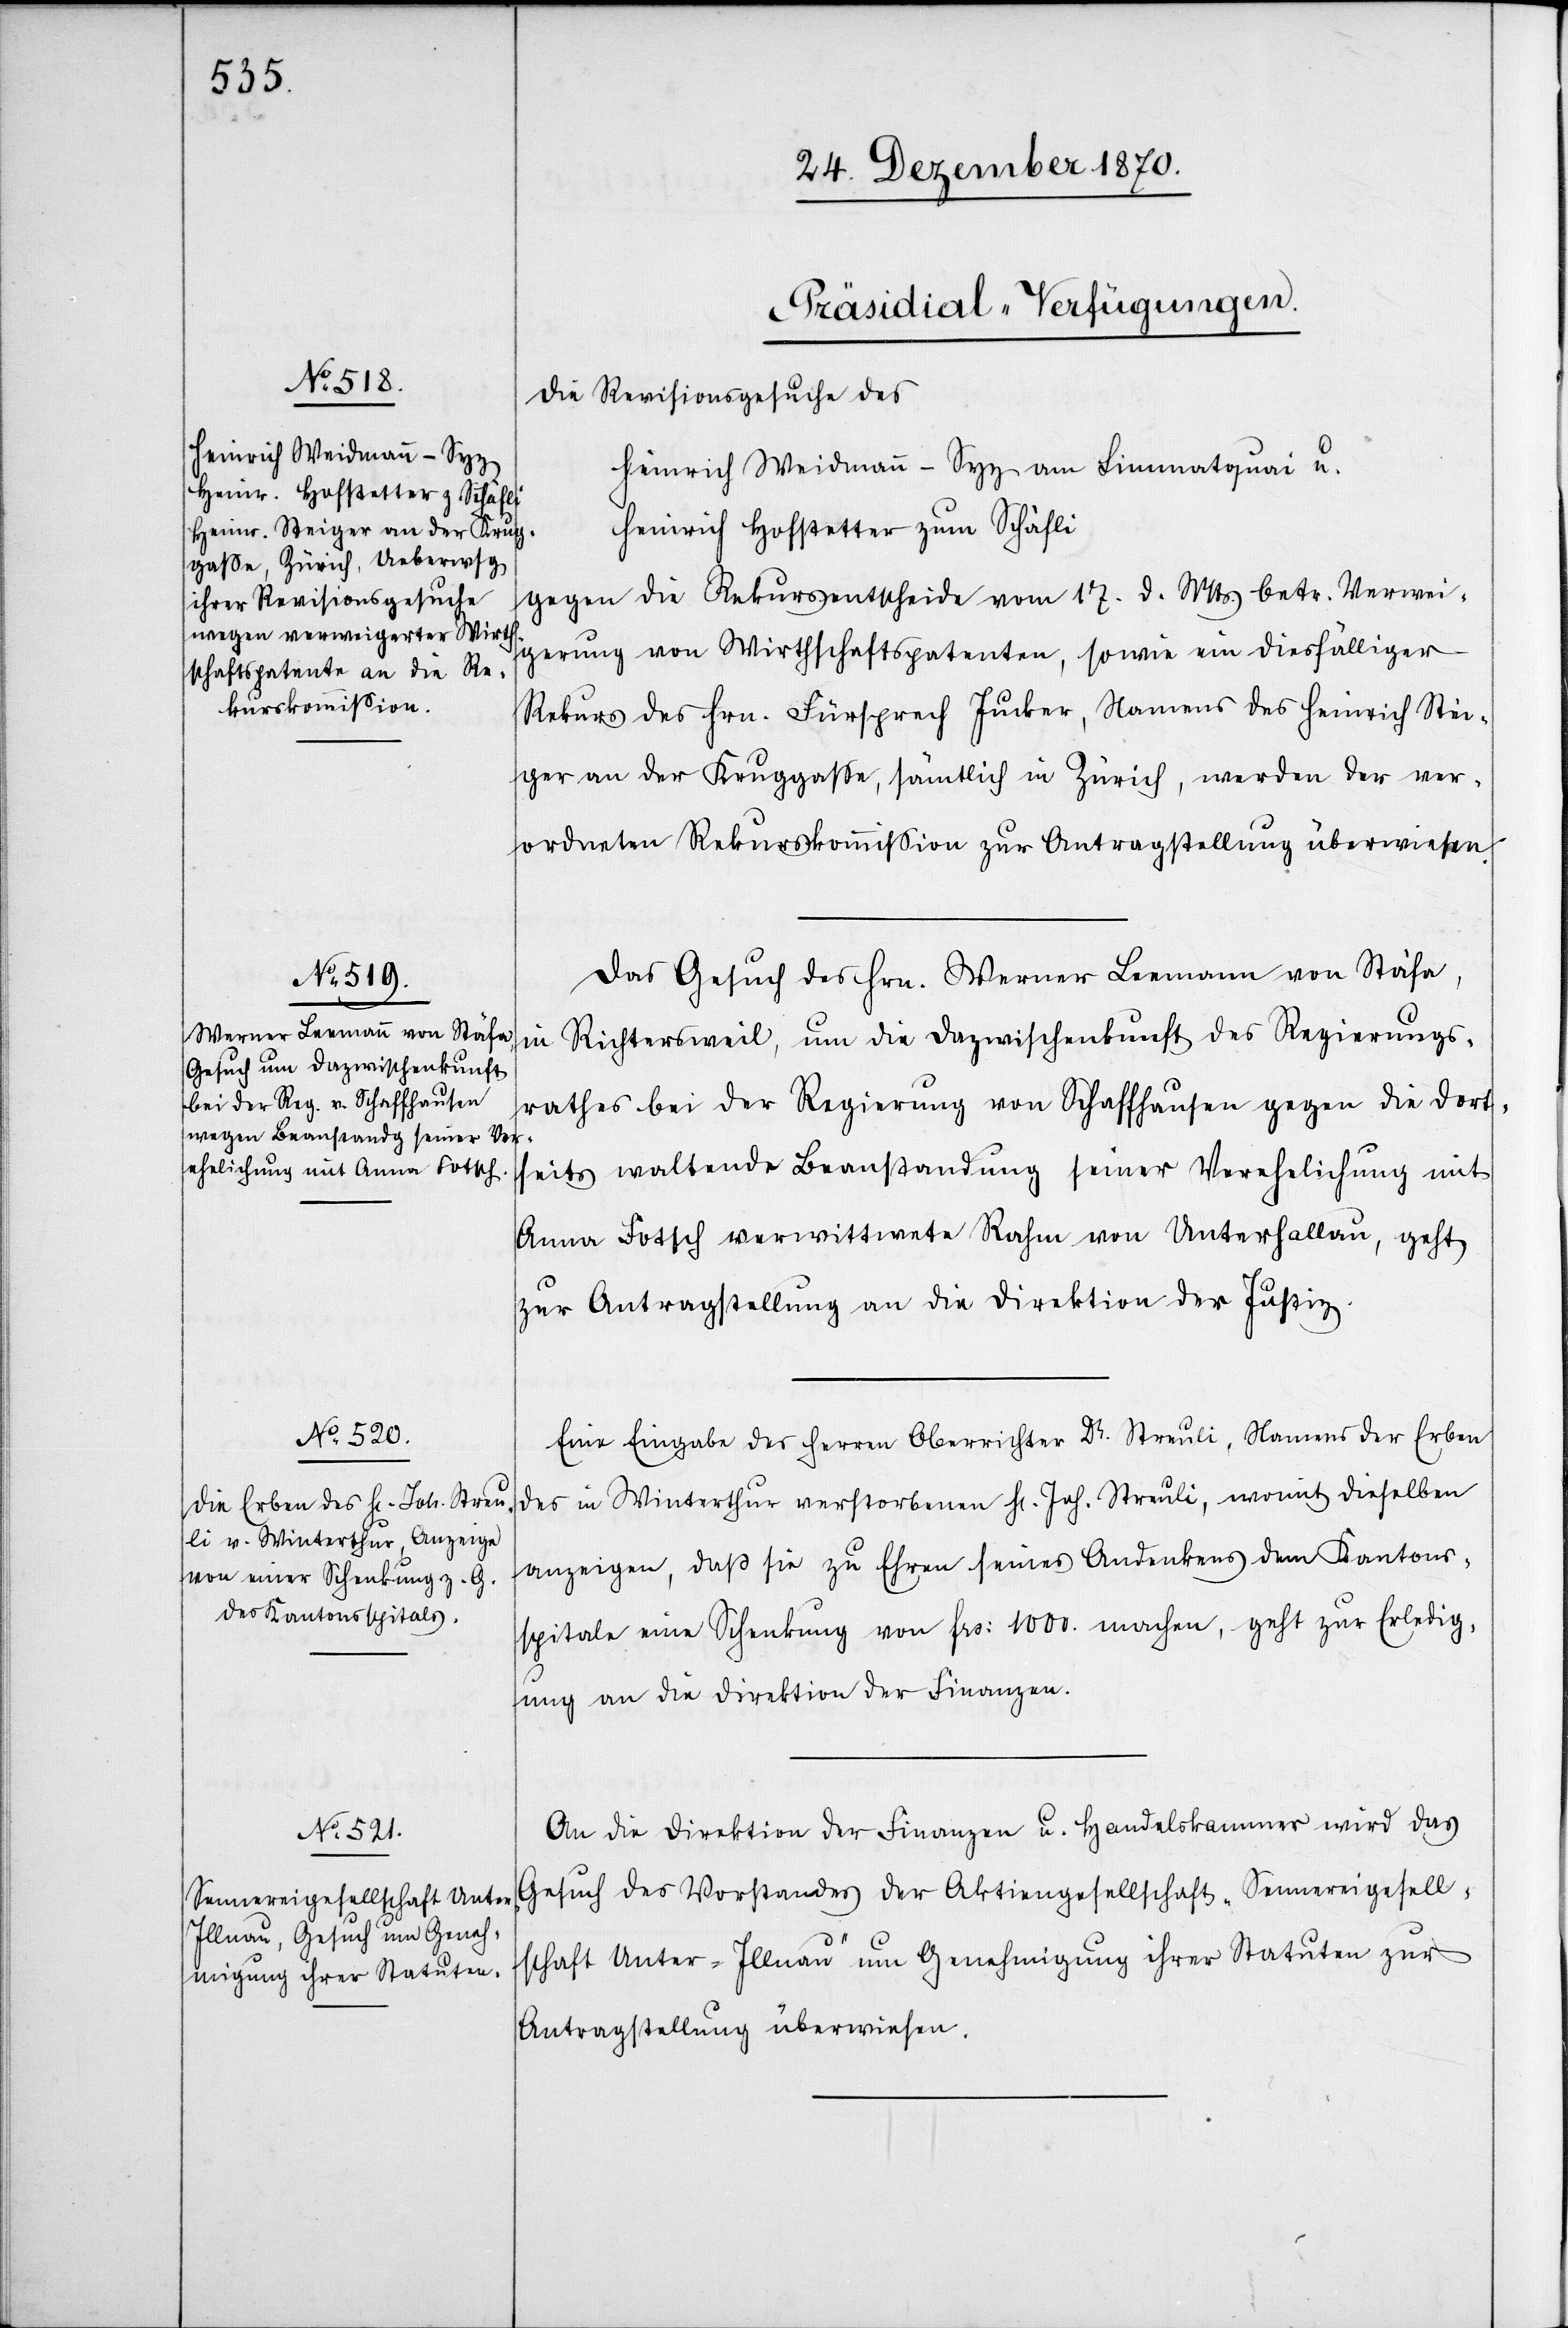
[Präsidial-Verfügungen.]
Die Revisionsgesuche des
Heinrich Weidmann-Syg am Limmatquai u.
Heinrich Hofstetter zum Schäfli
gegen die Rekursentscheide vom 17. d. Mts. betr. Verwei¬
gerung von Wirthschaftspatenten, sowie ein diesfälliger
Rekurs des Hrn. Fürsprech Jucker, Namens des Heinrich Stei¬
ger an der Kruggasse, sämtlich in Zürich, werden der ver¬
ordneten Rekurskommißion zur Antragstellung überwiesen.
Das Gesuch des Hrn. Werner Leemann von Stäfa,
in Richtersweil, um die Dazwischenkunft des Regierungs¬
rathes bei der Regierung von Schaffhausen gegen die dort¬
seits waltende Beanstandung seiner Verehelichung mit
Anna Fotsch verwittwete Rahm von Unterhallau, geht
zur Antragstellung an die Direktion der Justiz.
Eine Eingabe des Herren Oberrichter Dr. Streuli, Namens der Erben
des in Winterthur verstorbenen H[errn] Joh. Streuli, womit dieselben
anzeigen, daß sie zu Ehren seines Andenkens dem Kantons¬
spitale eine Schenkung von Frs: 1000. machen, geht zur Erledig¬
ung an die Direktion der Finanzen.
An die Direktion der Finanzen u. Handelskammer wird das
Gesuch des Vorstandes der Aktiengesellschaft „Sennereigesell¬
schaft Unter-Illnau“ um Genehmigung ihrer Statuten zur
Antragstellung überwiesen.